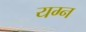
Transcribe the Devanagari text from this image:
यग्न